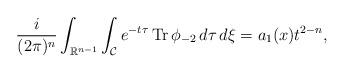
LaTeX: \begin{align*} \frac{i}{(2 \pi)^{n}}\int_{\mathbb{R}^{n-1}}\int_{\mathcal{C}} e^{-t\tau} \operatorname{Tr} \phi_{-2} \,d\tau \,d\xi =a_1(x)t^{2-n},\end{align*}